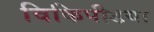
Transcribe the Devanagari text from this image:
विकिपीडया